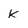
Character: K